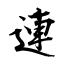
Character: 連